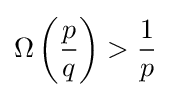
\Omega \left({\frac {p}{q}}\right)>{\frac {1}{p}}